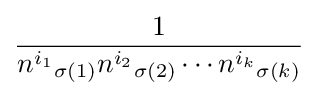
{\frac {1}{{n^{i_{1}}}_{\sigma (1)}{n^{i_{2}}}_{\sigma (2)}\cdots {n^{i_{k}}}_{\sigma (k)}}}